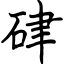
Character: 硉